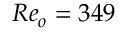
R e _ { o } = 3 4 9